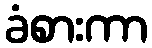
ခံစားကာ